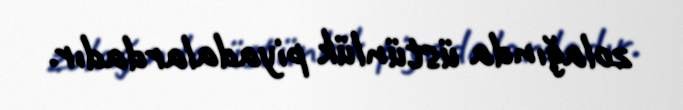
zolağında üstünlük piyadalardadır.